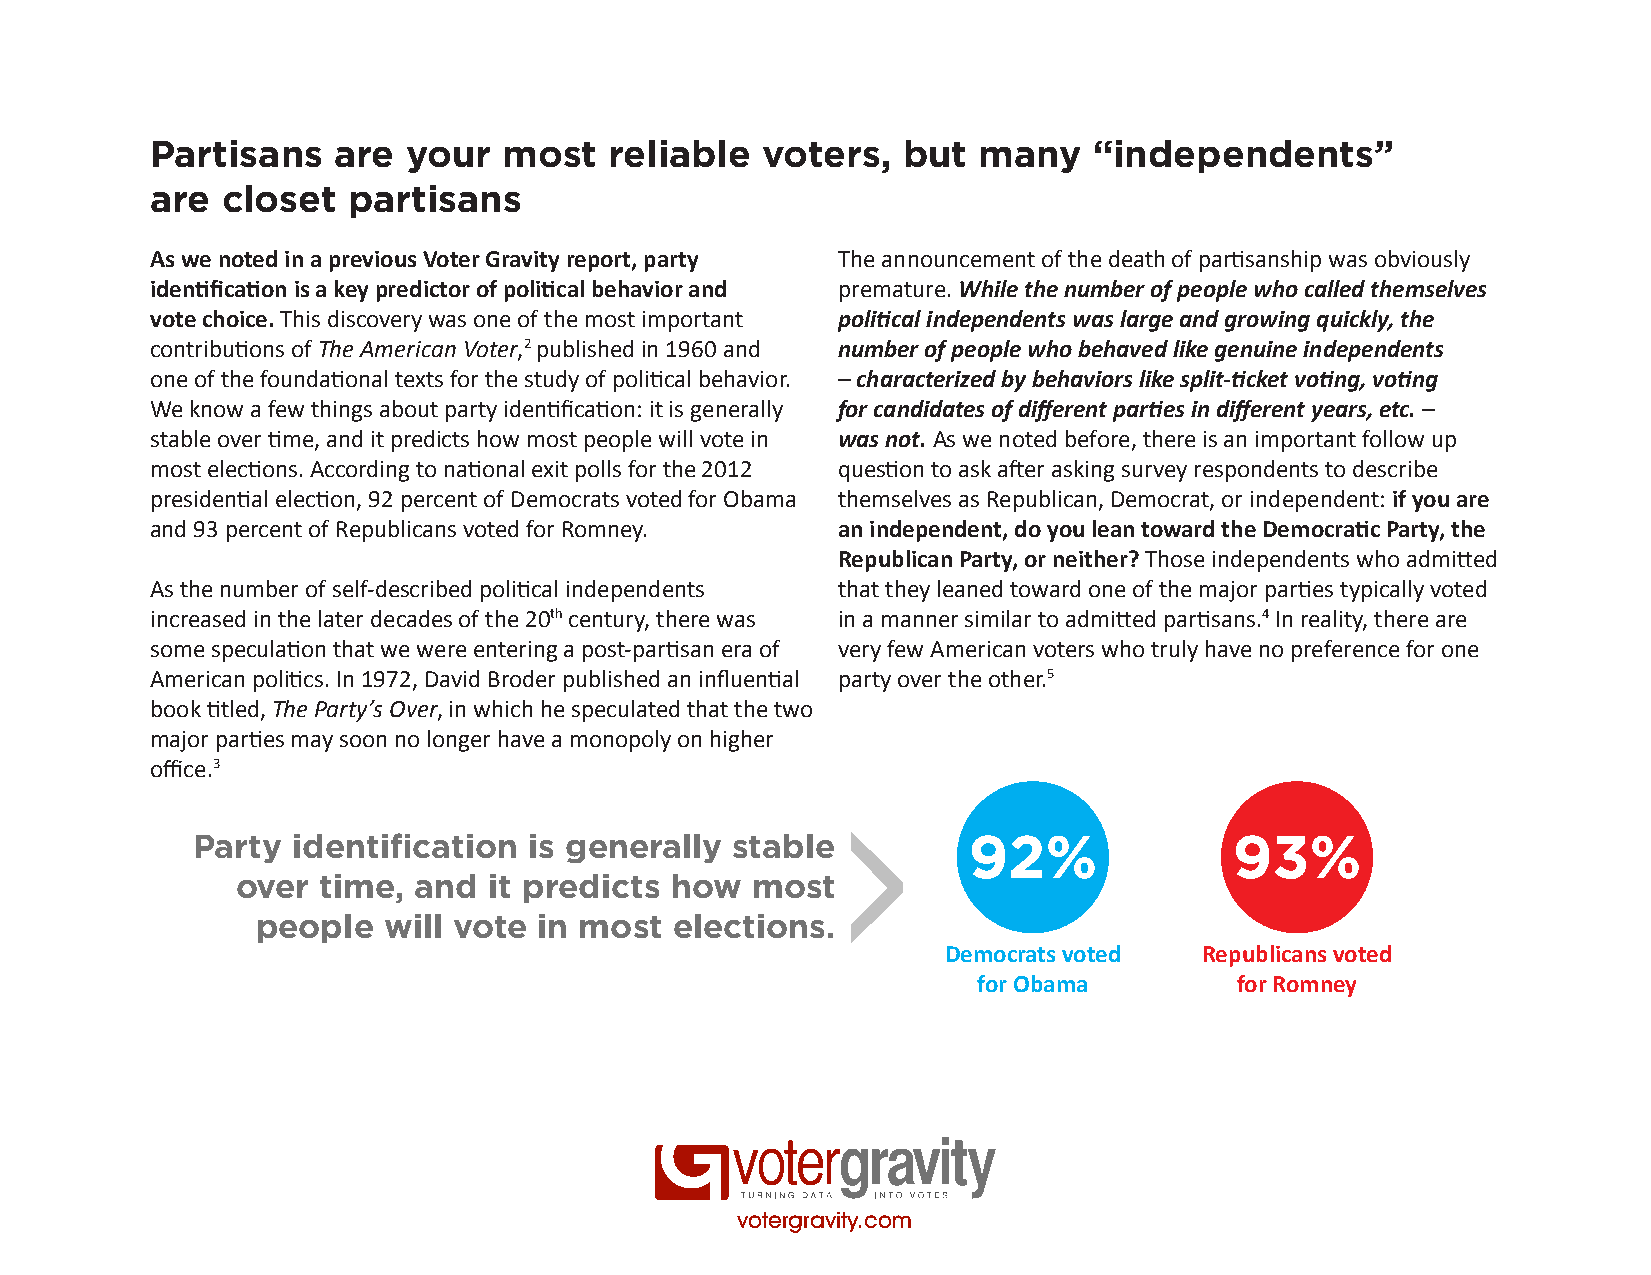
Partisans   are  your  most   reliable  voters,   but  many   “independents”
 are  closet  partisans
 As we noted in a previous Voter Gravity report, party The announcement of the death of partisanship was obviously
 identification is a key predictor of political behavior and premature. While the number of people who called themselves
 vote choice. This discovery was one of the most important political independents was large and growing quickly, the
 contributions of The American Voter,2 published in 1960 and number of people who behaved like genuine independents
 one of the foundational texts for the study of political behavior. – characterized by behaviors like split-ticket voting, voting
 We know a few things about party identification: it is generally for candidates of different parties in different years, etc. –
 stable over time, and it predicts how most people will vote in was not. As we noted before, there is an important follow up
 most elections. According to national exit polls for the 2012 question to ask after asking survey respondents to describe
 presidential election, 92 percent of Democrats voted for Obama themselves as Republican, Democrat, or independent: if you are
 and 93 percent of Republicans voted for Romney. an independent, do you lean toward the Democratic Party, the
 Republican Party, or neither? Those independents who admitted
 As the number of self-described political independents that they leaned toward one of the major parties typically voted
 increased in the later decades of the 20th century, there was in a manner similar to admitted partisans.4 In reality, there are
 some speculation that we were entering a post-partisan era of very few American voters who truly have no preference for one
 American politics. In 1972, David Broder published an influential party over the other.5
 book titled, The Party’s Over, in which he speculated that the two
 major parties may soon no longer have a monopoly on higher
 office.3
 Party identification  is generally stable          92%               93%
 over time, and  it predicts how   most
 people  will vote  in most  elections.
 Democrats voted   Republicans voted
 for Obama        for Romney
 votergravity.com